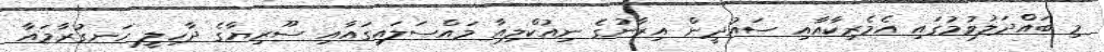
މި ބައްދަލުވުމުގައި އެމެރިކާއާއި ސައުދީން އިރާނުގެ ނިއުކްލިއާ މައްސަލައިގައާއި ސޫރިޔާގެ ދާހިލީ ހަނގުރާމައާ